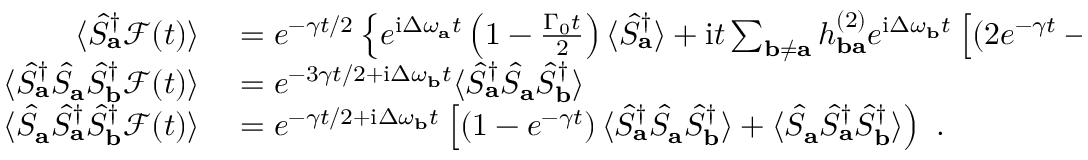
\begin{array} { r l } { \langle \hat { S } _ { \mathbf { a } } ^ { \dagger } \mathcal { F } ( t ) \rangle } & { { } = e ^ { - \gamma t / 2 } \left\{ e ^ { \mathrm { i } \Delta \omega _ { \mathbf { a } } t } \left( 1 - \frac { \Gamma _ { 0 } t } { 2 } \right) \langle \hat { S } _ { \mathbf { a } } ^ { \dagger } \rangle + \mathrm { i } t \sum _ { \mathbf { b } \neq \mathbf { a } } h _ { \mathbf { b a } } ^ { ( 2 ) } e ^ { \mathrm { i } \Delta \omega _ { \mathbf { b } } t } \left[ \left( 2 e ^ { - \gamma t } - 1 \right) \langle \hat { S } _ { \mathbf { a } } ^ { \dagger } \hat { S } _ { \mathbf { a } } \hat { S } _ { \mathbf { b } } ^ { \dagger } \rangle - \langle \hat { S } _ { \mathbf { a } } \hat { S } _ { \mathbf { a } } ^ { \dagger } \hat { S } _ { \mathbf { b } } ^ { \dagger } \rangle \right] \right\} } \\ { \langle \hat { S } _ { \mathbf { a } } ^ { \dagger } \hat { S } _ { \mathbf { a } } \hat { S } _ { \mathbf { b } } ^ { \dagger } \mathcal { F } ( t ) \rangle } & { { } = e ^ { - 3 \gamma t / 2 + \mathrm { i } \Delta \omega _ { \mathbf { b } } t } \langle \hat { S } _ { \mathbf { a } } ^ { \dagger } \hat { S } _ { \mathbf { a } } \hat { S } _ { \mathbf { b } } ^ { \dagger } \rangle } \\ { \langle \hat { S } _ { \mathbf { a } } \hat { S } _ { \mathbf { a } } ^ { \dagger } \hat { S } _ { \mathbf { b } } ^ { \dagger } \mathcal { F } ( t ) \rangle } & { { } = e ^ { - \gamma t / 2 + \mathrm { i } \Delta \omega _ { \mathbf { b } } t } \left[ \left( 1 - e ^ { - \gamma t } \right) \langle \hat { S } _ { \mathbf { a } } ^ { \dagger } \hat { S } _ { \mathbf { a } } \hat { S } _ { \mathbf { b } } ^ { \dagger } \rangle + \langle \hat { S } _ { \mathbf { a } } \hat { S } _ { \mathbf { a } } ^ { \dagger } \hat { S } _ { \mathbf { b } } ^ { \dagger } \rangle \right) ~ . } \end{array}